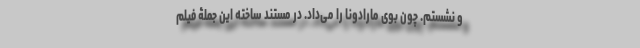
و نشُستم. چون بوی مارادونا را می‌داد. در مستند ساخته این جملۀ فیلم